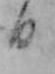
日